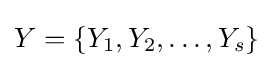
Y=\{Y_{1},Y_{2},\ldots ,Y_{s}\}